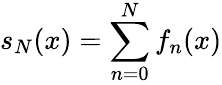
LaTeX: s_{N}(x)=\sum_{n=0}^{N}f_{n}(x)